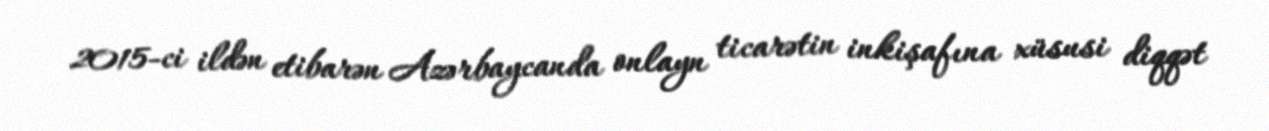
2015-ci ildən etibarən Azərbaycanda onlayn ticarətin inkişafına xüsusi diqqət